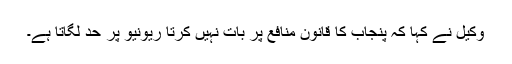
وکیل نے کہا کہ پنجاب کا قانون منافع پر بات نہیں کرتا ریونیو پر حد لگاتا ہے۔